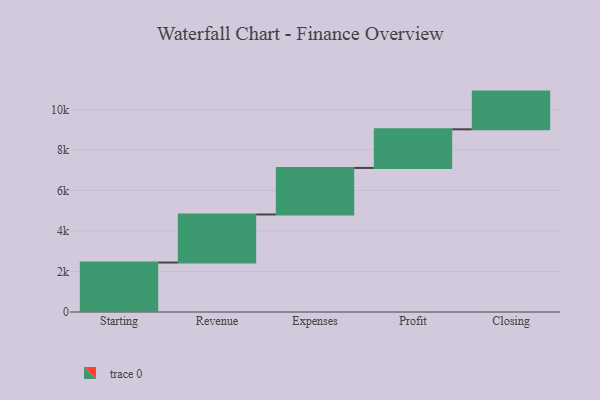
{"axis": {"x": "Step", "y": "Value"}, "legend": [""], "data": [{"x": "Starting", "y": 2444.0, "type": ""}, {"x": "Revenue", "y": 2373.0, "type": ""}, {"x": "Expenses", "y": 2300.0, "type": ""}, {"x": "Profit", "y": 1908.0, "type": ""}, {"x": "Closing", "y": 1863.0, "type": ""}]}